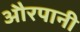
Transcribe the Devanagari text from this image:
औरपानी